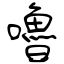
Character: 嚕